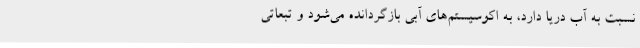
نسبت به آب دریا دارد، به اکوسیستم‌های آبی بازگردانده می‌شود و تبعاتی